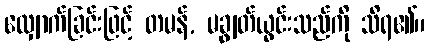
လျှောက်ခြင်းဖြင့် တမန်, မချွတ်ယွင်းသည်ကို သိရ၏။